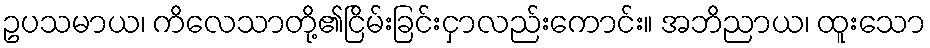
ဥပသမာယ၊ ကိလေသာတို့၏ငြိမ်းခြင်းငှာလည်းကောင်း။ အဘိညာယ၊ ထူးသော